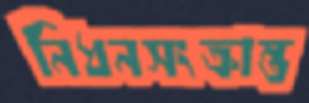
নিধনসংক্রান্ত